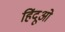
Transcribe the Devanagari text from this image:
हिंदूओ